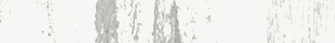
خدمات نقل وتوصيل البضائع